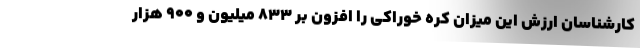
کارشناسان ارزش این میزان کره خوراکی را افزون بر ۸۳۳ میلیون و ۹۰۰ هزار